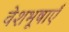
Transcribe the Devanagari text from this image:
वेशभूषाएँ